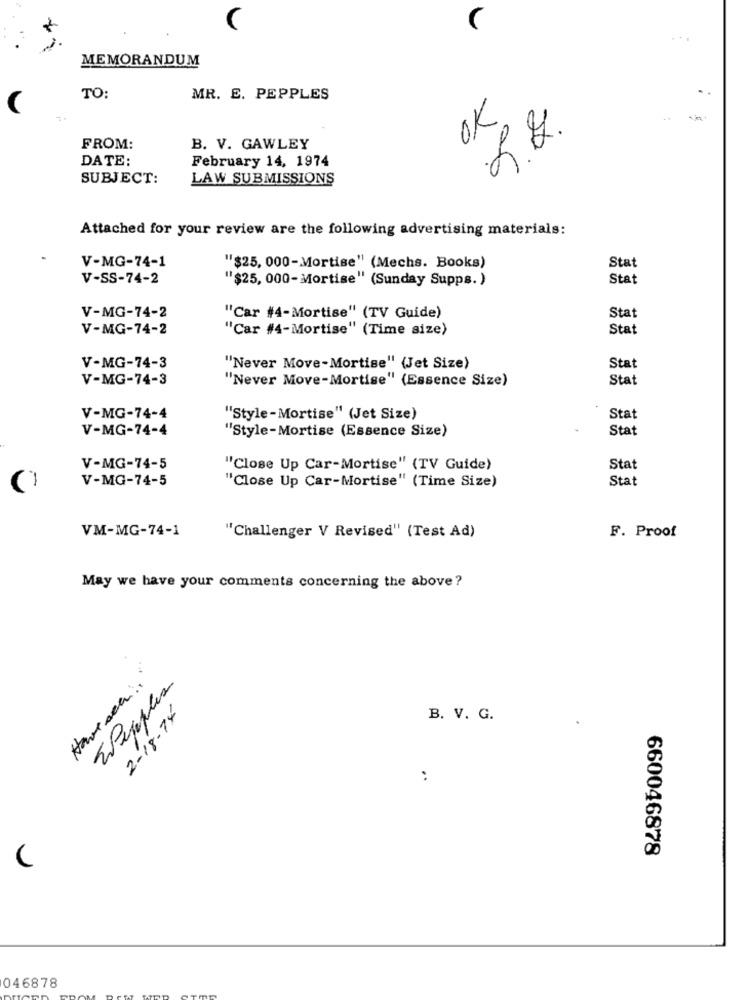
MEMORANDUM
TO:
MR. E. PEPPLES
OK
FROM:
B. V. GAWLEY
DATE:
February 14, 1974
SUBJECT:
LAW SUBMISSIONS
Attached for your review are the following advertising materials:
Stat
V-MG-74-1
"$25, 000-Mortise" (Mechs. Books)
V-SS-74-2
"$25, 000-Mortise" (Sunday Supps.)
Stat
Stat
V-MG-74-2
"Car #4-Mortise" (TV Guide)
V-MG-74-2
"Car #4-Mortise" (Time size)
Stat
V-MG-74-3
"Never Move-Mortise" (Jet Size)
Stat
V-MG-74-3
"Never Move-Mortise" (Essence Size)
Stat
V-MG-74-4
"Style-Mortise" (Jet Size)
Stat
V-MG-74-4
"Style-Mortise (Essence Size)
Stat
V-MG-74-5
"Close Up Car-Mortise" (TV Guide)
Stat
V-MG-74-5
"Close Up Car-Mortise" (Time Size)
Stat
VM-MG-74-1
"Challenger V Revised" (Test Ad)
F. Proof
May we have your comments concerning the above?
Have sea :
EPepeples
2-18-74
B. V. G.
:
660046878
046878